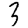
Digit: 3